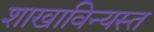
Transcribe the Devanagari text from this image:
शाखाविन्यस्त